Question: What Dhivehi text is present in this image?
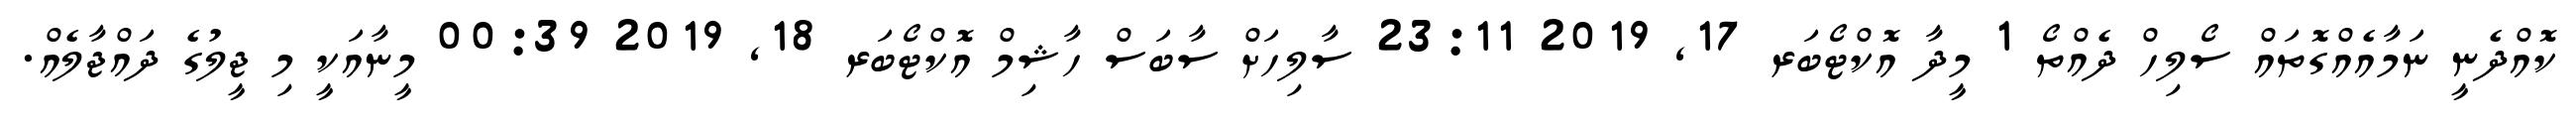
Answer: ކޮއްދެނީ ނަމާއެއްގޮތައް ސޯލިހް ދެއްތޯ 1 މީދާ އޮކްޓޯބަރ 17, 2019 23:11 ސާލިހަށް ސާބަސް ހާޝިމް އޮކްޓޯބަރ 18, 2019 00:39 މީނާއަކީ މި ޖީލުގެ ދައްޖާލެއް.